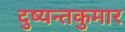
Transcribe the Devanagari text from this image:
दुष्यन्तकुमार